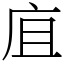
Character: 㡹